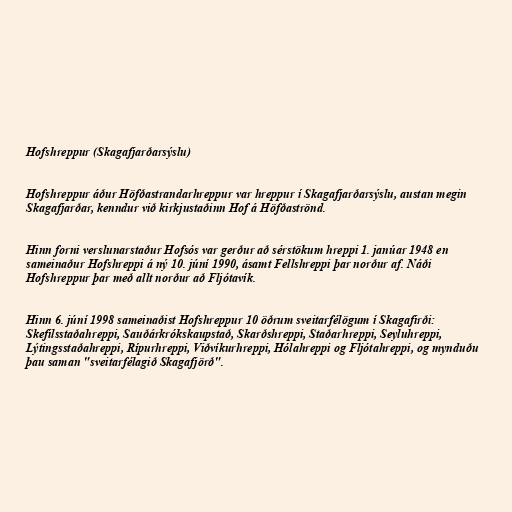
Hofshreppur (Skagafjarðarsýslu)

Hofshreppur áður Höfðastrandarhreppur var hreppur í Skagafjarðarsýslu, austan megin
Skagafjarðar, kenndur við kirkjustaðinn Hof á Höfðaströnd.

Hinn forni verslunarstaður Hofsós var gerður að sérstökum hreppi 1. janúar 1948 en
sameinaður Hofshreppi á ný 10. júní 1990, ásamt Fellshreppi þar norður af. Náði
Hofshreppur þar með allt norður að Fljótavík.

Hinn 6. júní 1998 sameinaðist Hofshreppur 10 öðrum sveitarfélögum í Skagafirði:
Skefilsstaðahreppi, Sauðárkrókskaupstað, Skarðshreppi, Staðarhreppi, Seyluhreppi,
Lýtingsstaðahreppi, Rípurhreppi, Viðvíkurhreppi, Hólahreppi og Fljótahreppi, og mynduðu
þau saman "sveitarfélagið Skagafjörð".